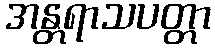
အန္တရာသပတ္တာ